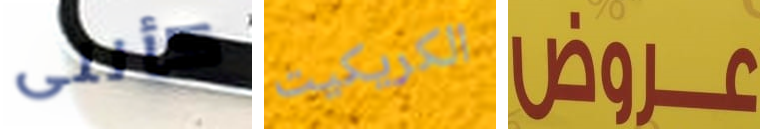
كأننى الكريكيت عروض